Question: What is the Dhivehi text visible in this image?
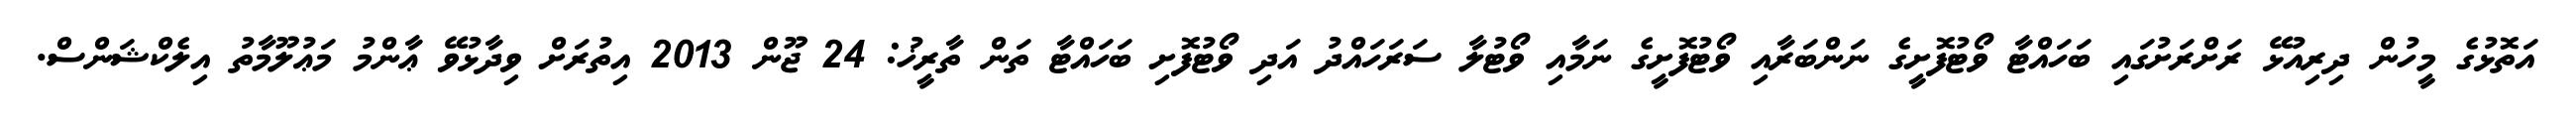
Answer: އަތޮޅުގެ މީހުން ދިރިއުޅޭ ރަށްރަށުގައި ބަހައްޓާ ވޯޓުފޮށީގެ ނަންބަރާއި ވޯޓުފޮށީގެ ނަމާއި ވޯޓުލާ ސަރަހައްދު އަދި ވޯޓުފޮށި ބަހައްޓާ ތަން ތާރީޚު: 24 ޖޫން 2013 އިތުރަށް ވިދާޅުވޭ ޢާންމު މަޢުލޫމާތު އިލެކްޝަންސް.